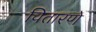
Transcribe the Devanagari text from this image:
चितारणे